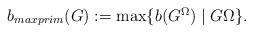
\begin{align*} \mbox{ $b_{maxprim}(G):=\max\{b(G^\Omega) \mid G \Omega\}$.}\end{align*}